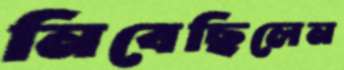
নিবেছিলেন